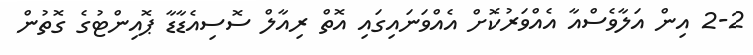
2-2 އިން އަލާވެސްއާ އެއްވަރުކޮށް އެއްވަނައިގައި އޮތް ރިއާލް ސޮސިއެޑާޑާ ޕޮއިންޓުގެ ގޮތުން